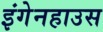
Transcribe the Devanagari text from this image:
इंगेनहाउस